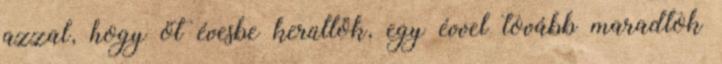
azzal, hogy öt évesbe kerültök, egy évvel tovább maradtok